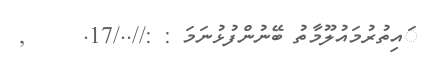
ައިތުރުމައުލޫމާތު ބޭނުންފުޅުނަމަ : ://../17.